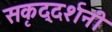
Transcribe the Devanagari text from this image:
सकृद्दर्शनी